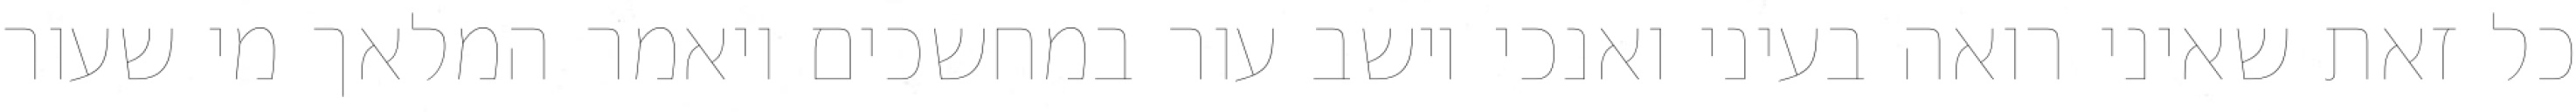
כל זאת שאיני רואה בעיני ואנכי יושב עור במחשכים ויאמר המלאך מי שעור